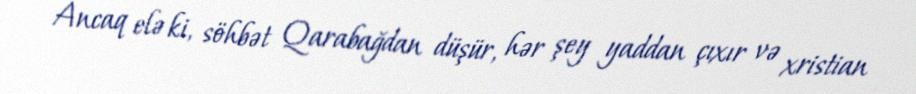
Ancaq elə ki, söhbət Qarabağdan düşür, hər şey yaddan çıxır və xristian